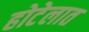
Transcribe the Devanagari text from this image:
होटेलात